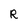
Character: R